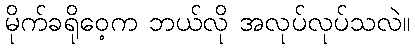
မိုက်ခရိုဝေ့က ဘယ်လို အလုပ်လုပ်သလဲ။